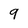
Character: 9